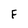
Character: F